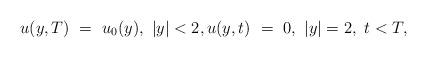
LaTeX: \begin{align*}u(y,T) \ = \ u_0(y), \ |y|<2, u(y,t) \ = \ 0, \ |y|=2, \ t<T,\end{align*}